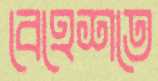
বেহেশতে